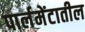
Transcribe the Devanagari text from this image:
पार्लमेंटातील